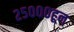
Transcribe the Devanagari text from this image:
२५०००हून